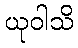
ယုဝါသိ